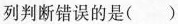
列判断错误的是()